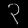
Digit: ၃